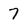
Character: 7